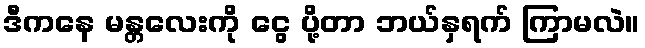
ဒီကနေ မန္တလေးကို ငွေ ပို့တာ ဘယ်နှရက် ကြာမလဲ။